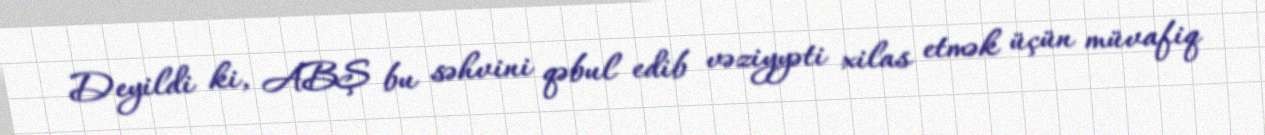
Deyildi ki, ABŞ bu səhvini qəbul edib vəziyyəti xilas etmək üçün müvafiq